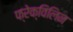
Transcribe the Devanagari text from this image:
फ्रेक्विलिन